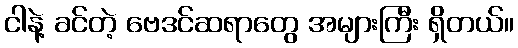
ငါနဲ့ ခင်တဲ့ ဗေဒင်ဆရာတွေ အများကြီး ရှိတယ်။